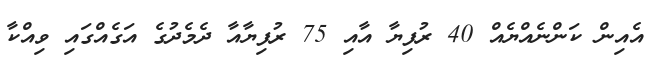
އެއިން ކަންނެއްޔެއް 40 ރުފިޔާ އާއި 75 ރުފިޔާއާ ދެމެދުގެ އަގެއްގައި ވިއްކާ